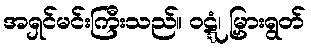
အရှင်မင်းကြီးသည်။ ဝဋ္ဋံ၊ မြှားရွတ်